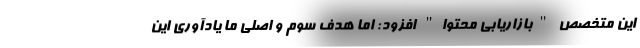
این متخصص "بازاریابی محتوا" افزود: اما هدف سوم و اصلی ما یادآوری این